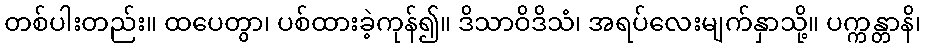
တစ်ပါးတည်း။ ထပေတွာ၊ ပစ်ထားခဲ့ကုန်၍။ ဒိသာဝိဒိသံ၊ အရပ်လေးမျက်နှာသို့။ ပက္ကန္တာနိ၊